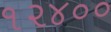
૧૨૪૦૦